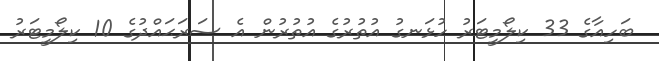
ބަހިއާގެ 33 ކިލޯމީޓަރު ހުޅަނގު އުތުރުގެ އުތުރުން އެ ސަރަޙައްދުގެ 10 ކިލޯމީޓަރު